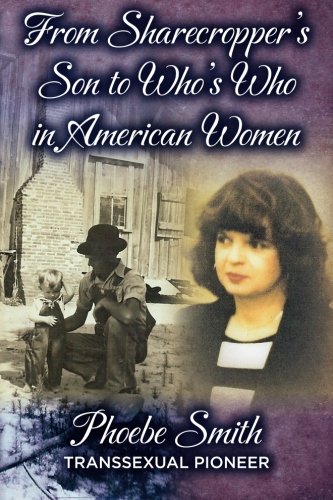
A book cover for From Sharecropper's Son to Who's Who in American Women; Phoebe Smith; Gay & Lesbian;